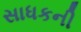
સાધકની